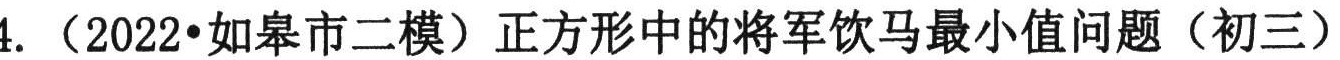
4. （2022•如皋市二模）正方形中的将军饮马最小值问题（初三）